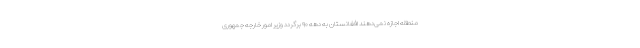
منطقه اجازه نمی‌دهند افغانستان به دهه ۹۰ برگردد وزیر امور خارجه جمهوری